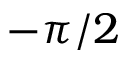
- \pi / 2